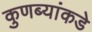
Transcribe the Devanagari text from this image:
कुणब्यांकडे